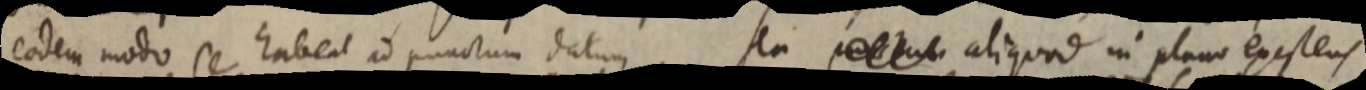
eodem moto se habent ad punctum datum. Seu _ aliquod in plano existens